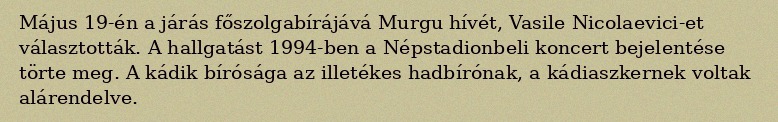
Május 19-én a járás főszolgabírájává Murgu hívét, Vasile Nicolaevici-et választották. A hallgatást 1994-ben a Népstadionbeli koncert bejelentése törte meg. A kádik bírósága az illetékes hadbírónak, a kádiaszkernek voltak alárendelve.